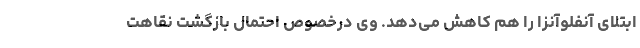
ابتلای آنفلوآنزا را هم کاهش می‌دهد. وی درخصوص احتمال بازگشت نقاهت